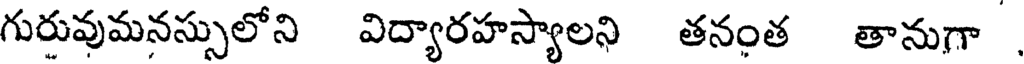
గురువుమనస్సులోని విద్యారహస్యాలని తనంత తానుగా